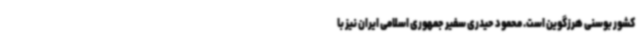
کشور بوسنی هرزگوین است. محمود حیدری سفیر جمهوری اسلامی ایران نیز با